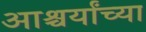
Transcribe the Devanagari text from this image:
आश्चर्यांच्या